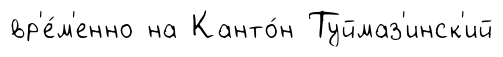
вр'е́м'енно на Канто́н Туймаз'инск'ий